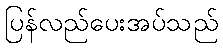
ပြန်လည်ပေးအပ်သည်